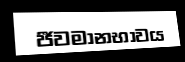
ජීවමානභාවය